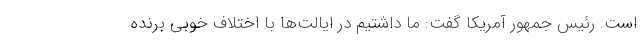
است. رئیس جمهور آمریکا گفت: ما داشتیم در ایالت‌ها با اختلاف خوبی برنده